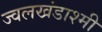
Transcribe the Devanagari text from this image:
ज्वलखंडाश्मी